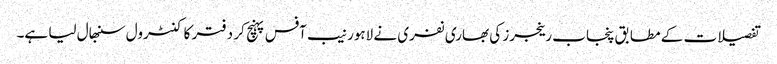
تفصیلات کے مطابق پنجاب رینجرز کی بھاری نفری نے لاہور نیب آفس پہنچ کر دفتر کا کنٹرول سنبھال لیا ہے۔